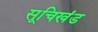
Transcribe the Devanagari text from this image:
सूचिखंड